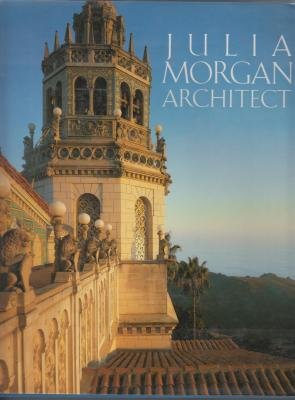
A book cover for Julia Morgan, Architect; Sara Holmes Boutelle; Biographies & Memoirs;